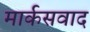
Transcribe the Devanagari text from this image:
मार्कसवाद